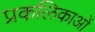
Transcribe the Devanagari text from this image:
प्रकलिकाओं